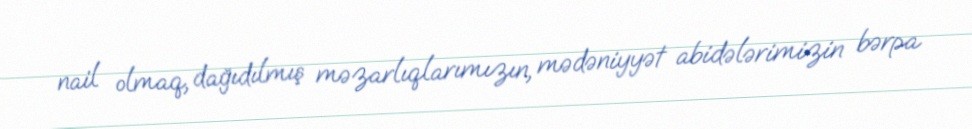
nail olmaq, dağıdılmış məzarlıqlarımızın, mədəniyyət abidələrimizin bərpa